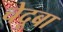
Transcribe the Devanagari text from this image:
चेदूबा